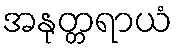
အနုတ္တရာယံ